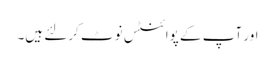
اور آپ کے پوائنٹس نوٹ کرلئے ہیں۔